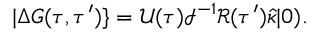
| \Delta G ( \tau , \tau ^ { \prime } ) \} = \mathcal { U } ( \tau ) \mathcal { I } ^ { - 1 } \mathcal { R } ( \tau ^ { \prime } ) \hat { \kappa } | 0 ) .